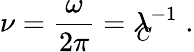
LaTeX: \nu=\frac{\omega}{2\pi}=\lambda_{\! \! \! C}^{-1}\; .